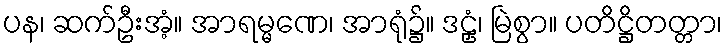
ပန၊ ဆက်ဦးအံ့။ အာရမ္မဏေ၊ အာရုံ၌။ ဒဠှံ၊ မြဲစွာ။ ပတိဋ္ဌိတတ္တာ၊